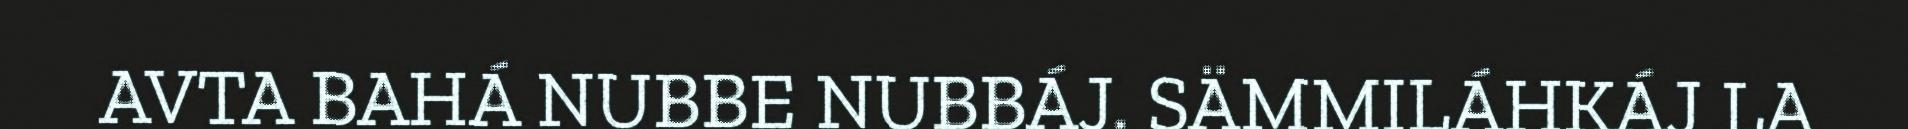
AVTA BAHÁ NUBBE NUBBÁJ. SÄMMILÁHKÁJ LA